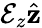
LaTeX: \mathcal{E}_{z}\hat{\mathbf{z}}